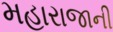
મહારાજાની